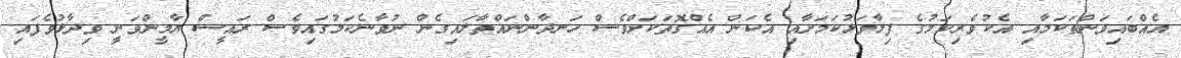
އެއްބައިވަންތަކަމާއި އެކުވެރިކަމުގެ ފިލާވަޅުކަމަށާއި އެކަން އެއްގޮތަކަށްވެސް ހަނދާންނައްތާލައިގެން ނުވާނެކަމުގައިވެސް ރައީސް ޔާމީންވަނީ ވިދާޅުވެފައި